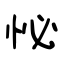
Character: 怭